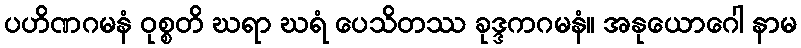
ပဟိဏဂမနံ ဝုစ္စတိ ဃရာ ဃရံ ပေသိတဿ ခုဒ္ဒကဂမနံ။ အနုယောဂေါ နာမ